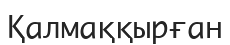
Қалмаққырған